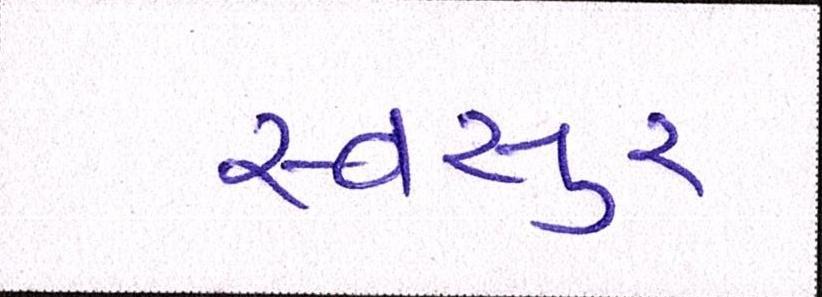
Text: સ્વસુર